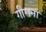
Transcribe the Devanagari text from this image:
गीराना